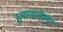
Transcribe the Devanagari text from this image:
भूषवलेल्या